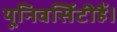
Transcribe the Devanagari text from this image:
यूनिवर्सिटीहैं।